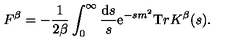
{ F } ^ { \beta } = - \frac { 1 } { 2 \beta } \int _ { 0 } ^ { \infty } \frac { { \mathrm d } s } { s } { \mathrm e } ^ { - s m ^ { 2 } } { \mathrm T r } { K } ^ { \beta } ( s ) .